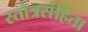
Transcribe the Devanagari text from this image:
स्तोत्रसंहिता